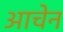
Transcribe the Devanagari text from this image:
आचेन